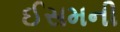
ઈસમની